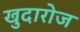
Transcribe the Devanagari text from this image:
खुदारोज